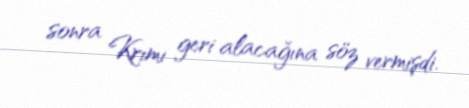
sonra Krımı geri alacağına söz vermişdi.